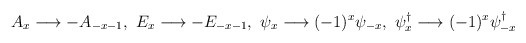
\begin{align*}A_{x}\longrightarrow -A_{-x-1},\ E_{x}\longrightarrow -E_{-x-1},\ \psi_{x}\longrightarrow (-1)^{x}\psi_{-x},\ \psi_{x}^{\dag}\longrightarrow (-1)^{x}\psi_{-x}^{\dag}\end{align*}